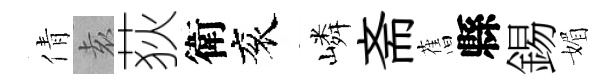
倩𡊮荻衛衮嶙斋𦾔縣錫媚